Indian journal of veterinary science and animal husbandry - Volumes 26-27, 1956-1957
Year: 1956
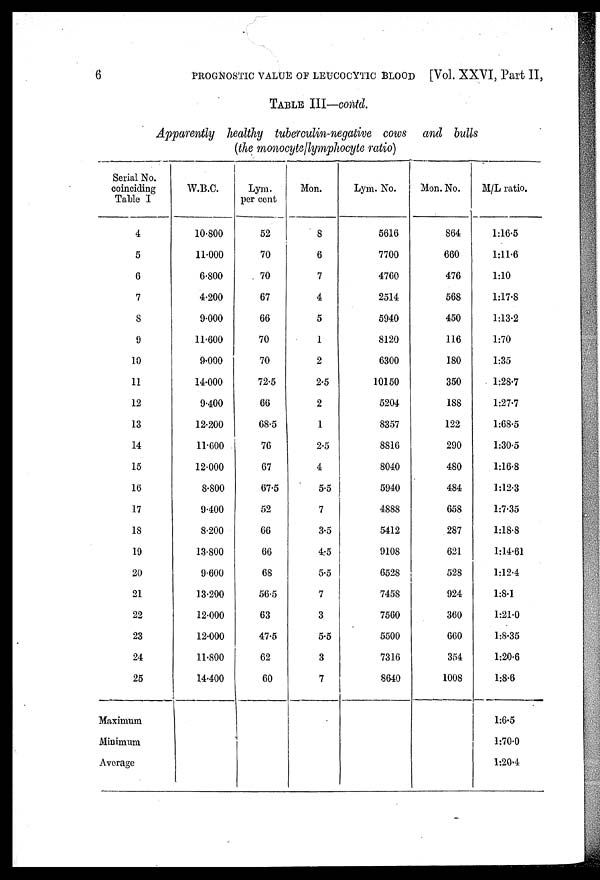
6
PROGNOSTIC VALUE OF LEUCOCYTIC BLOOD [Vol. XXVI, Part II,
TABLE III—contd.
Apparently healthy tuberculin-negative cows and bulls
(the monocyte/lymphocyte ratio)
Serial No.
coinciding
Table I
4
5
6
7
8
9
10
11
12
13
14
15
16
17
18
19
20
21
22
23
24
25
Maximum
Minimum
Average
W.B.C.
10.800
11.000
6.800
4.200
9.000
11.600
9.000
14.000
9.400
12.200
11.600
12.000
8.800
9.400
8.200
13.800
9.600
13.200
12.000
12.000
11.800
14.400
Lym.
per cent
52
70
70
67
66
70
70
72.5
66
68.5
76
67
67.5
52
66
66
68
56.5
63
47.5
62
60
Mon.
8
6
7
4
5
1
2
2.5
2
1
2.5
4
5.5
7
3.5
4.5
5.5
7
3
5.5
3
7
Lym. No.
5616
7700
4760
2514
5940
8120
6300
10150
5204
8357
8816
8040
5940
4888
5412
9108
6528
7458
7560
5500
7316
8640
Mon. No.
864
660
476
568
450
116
180
350
188
122
290
480
484
658
287
621
528
924
360
660
354
1008
M/L ratio.
1:16.5
1:11.6
1:10
1:17.8
1:13.2
1:70
1:35
1:28.7
1:27.7
1:68.5
1:30.5
1:16.8
1:12.3
1:7.35
1:18.8
1:14.61
1:12.4
1:8.1
1:21.0
1:8.35
1:20.6
1:8.6
1:6.5
1:70.0
1:20.4